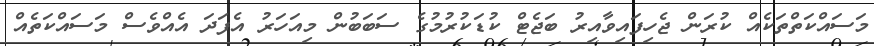
މަސައްކަތްތަކެއް ކުރަން ޖެހިފައިވާއިރު ބަޖެޓް ކުޑަކުރުމުގެ ސަބަބުން މިއަހަރު އެފަދަ އެއްވެސް މަސައްކަތެއް